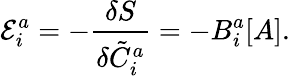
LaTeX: {\cal E}_{i}^{a}=-\frac{\delta S}{\delta{\tilde{C}}_{i}^{a}}=-B_{i}^{a}[A].